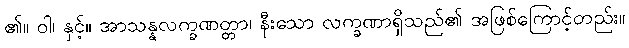
၏။ ဝါ၊ နှင့်။ အာသန္နလက္ခဏတ္တာ၊ နီးသော လက္ခဏာရှိသည်၏ အဖြစ်ကြောင့်တည်း။